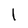
Character: l